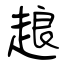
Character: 𧻴